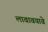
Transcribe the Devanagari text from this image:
लावावयावे